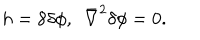
h = 8 \delta \phi , ~ ~ \bar { \nabla } ^ { 2 } \delta \phi = 0 .